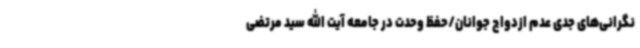
نگرانی‌های جدی عدم ازدواج جوانان/حفظ وحدت در جامعه آیت الله سید مرتضی